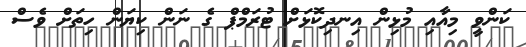
ކަންވީ މިއާއި މުޅިން އިނދިކޮޅަށް ޓުރަމްޕް ގެ ނަން ކިޔަން ހިތަށް ވެސް